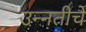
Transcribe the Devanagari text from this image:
उन्नतीचे